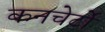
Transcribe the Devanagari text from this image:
कनचेर्टो